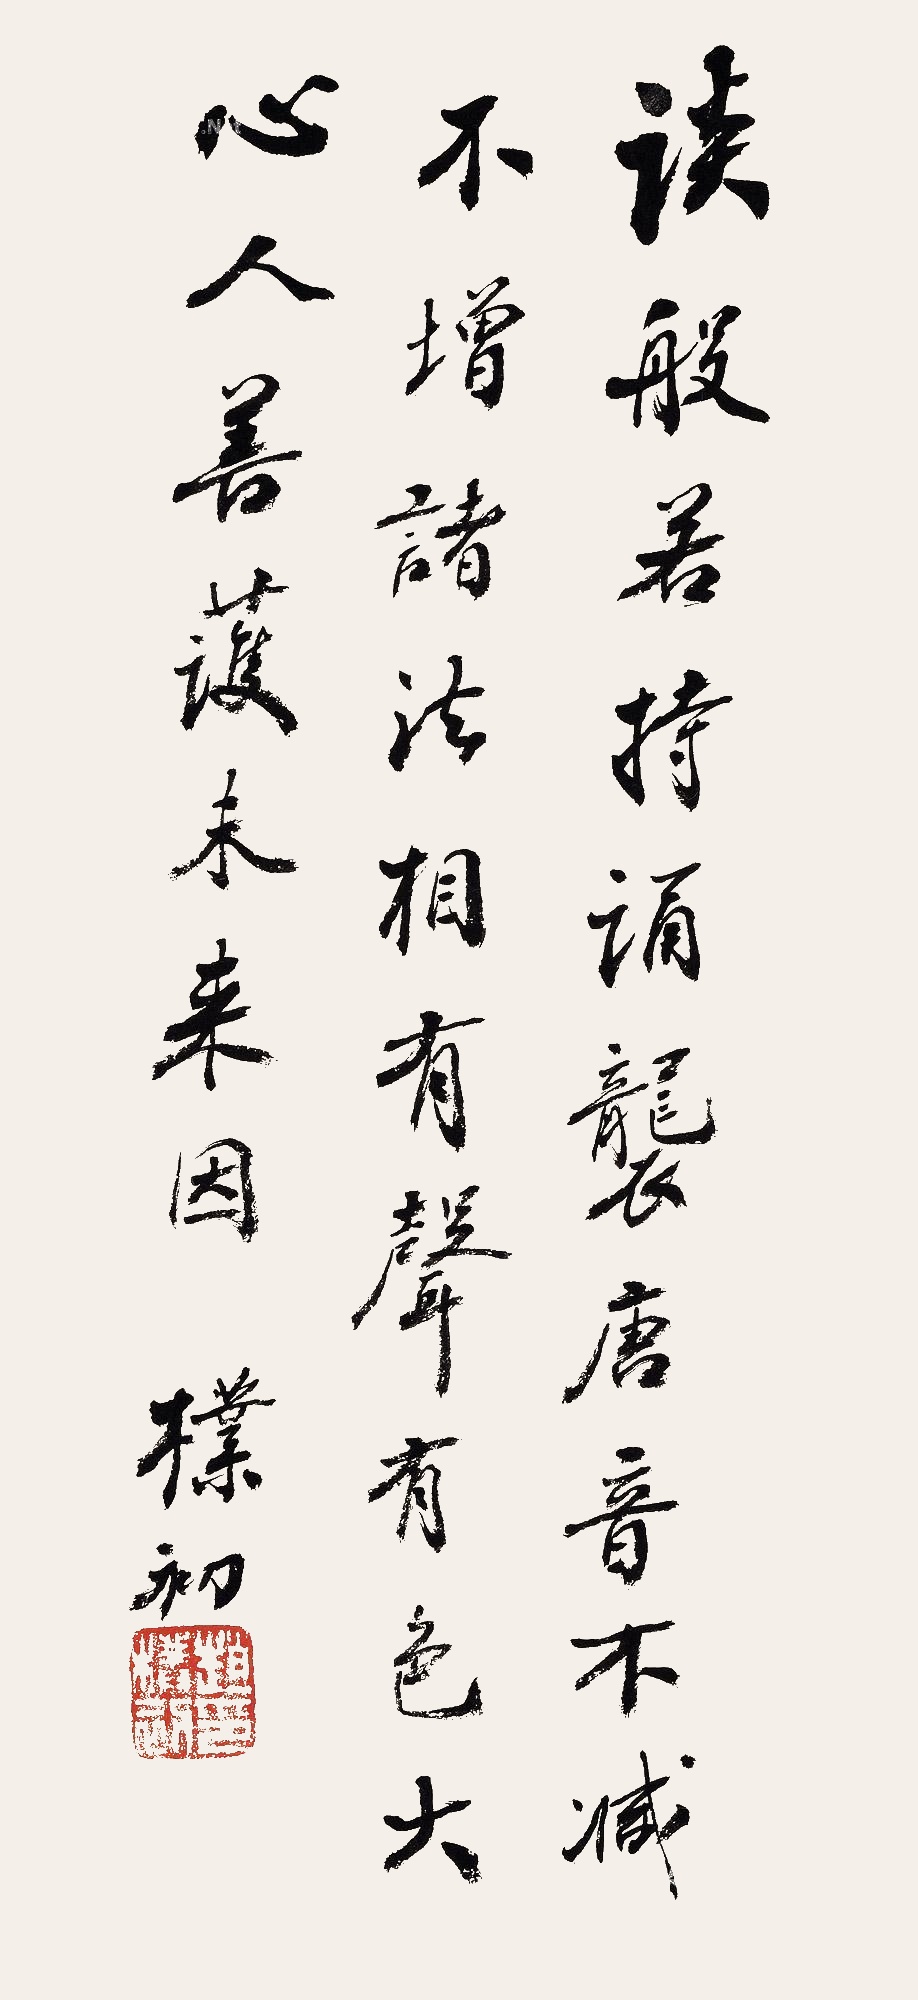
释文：谈般若，持诵袭唐音。不减不增诸法相，有声有色大心人，善护未来因。朴初。